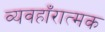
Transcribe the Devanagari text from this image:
व्यवहाँरात्मक